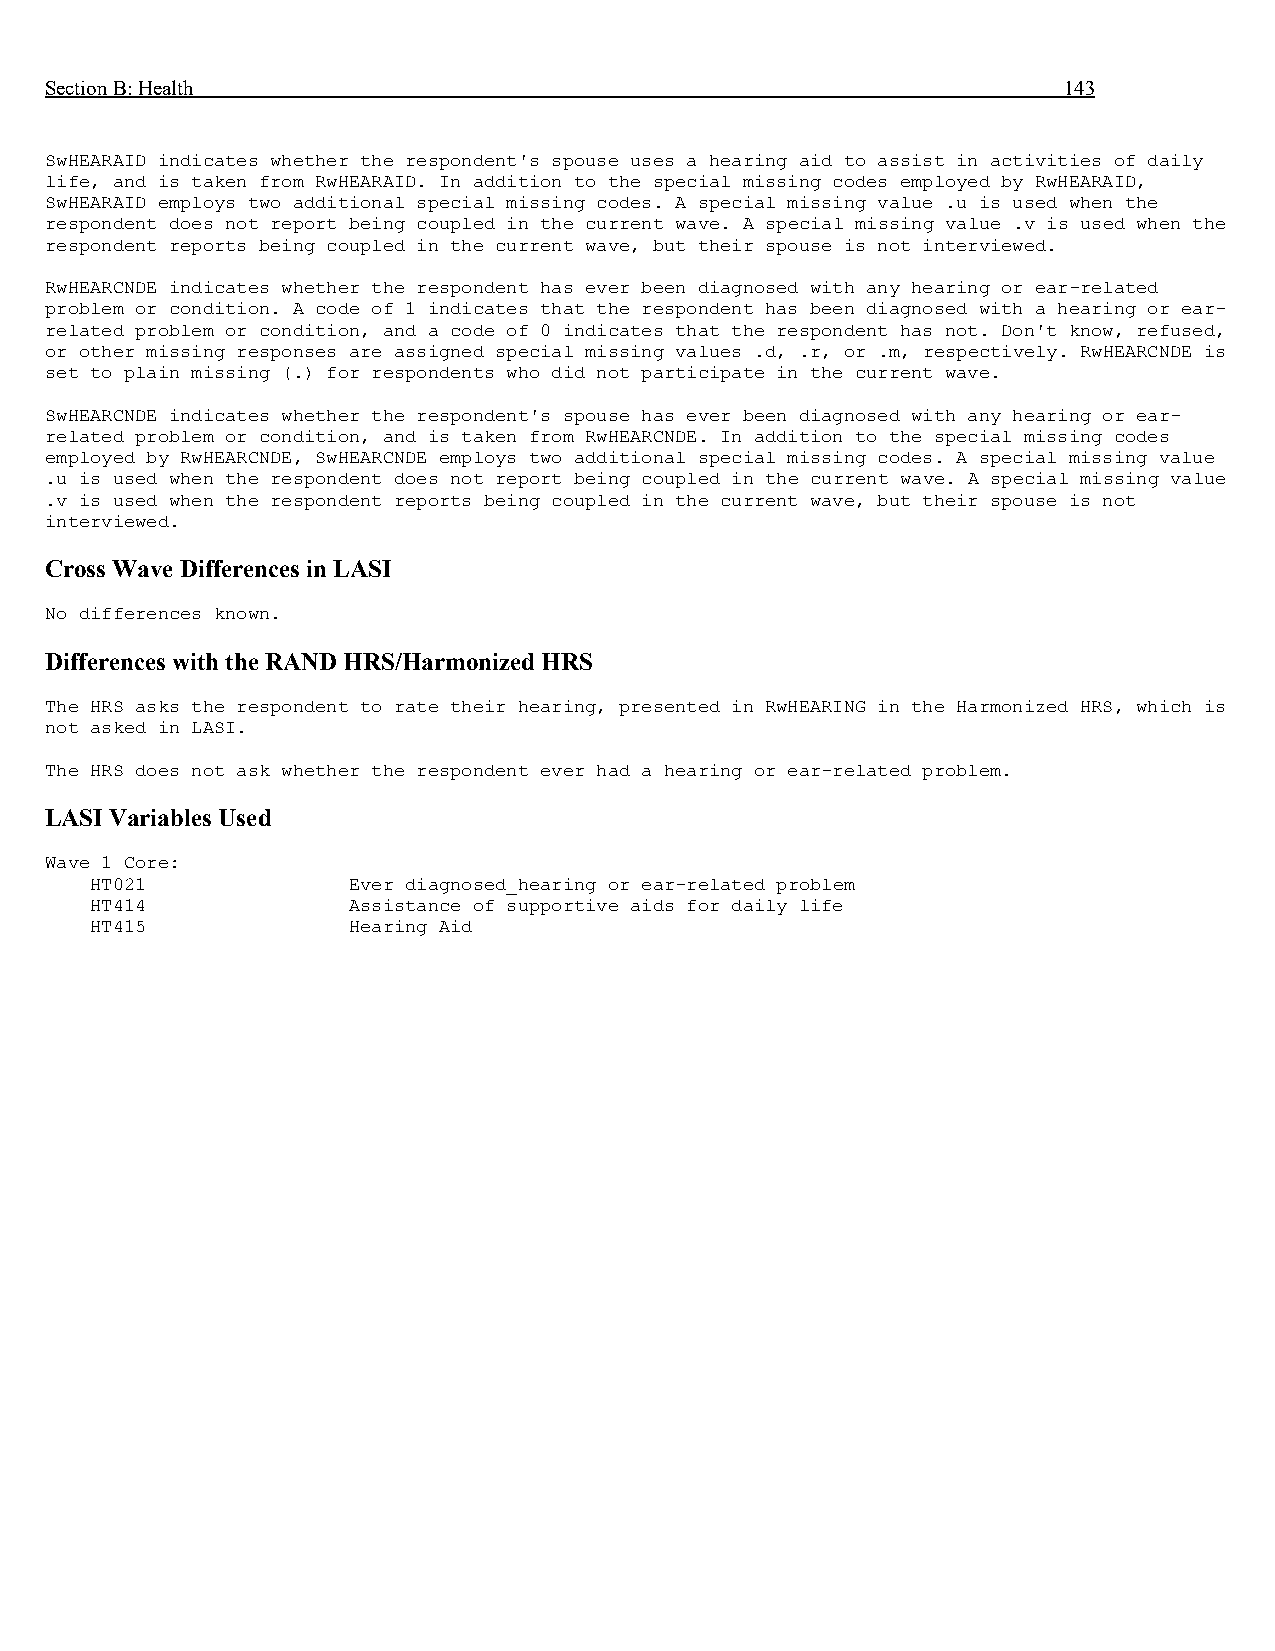
Section B: Health                                                  143
 SwHEARAID indicates whether the respondent's spouse uses a hearing aid to assist in activities of daily
 life, and is taken from RwHEARAID. In addition to the special missing codes employed by RwHEARAID,
 SwHEARAID employs two additional special missing codes. A special missing value .u is used when the
 respondent does not report being coupled in the current wave. A special missing value .v is used when the
 respondent reports being coupled in the current wave, but their spouse is not interviewed.
 RwHEARCNDE indicates whether the respondent has ever been diagnosed with any hearing or ear-related
 problem or condition. A code of 1 indicates that the respondent has been diagnosed with a hearing or ear-
 related problem or condition, and a code of 0 indicates that the respondent has not. Don't know, refused,
 or other missing responses are assigned special missing values .d, .r, or .m, respectively. RwHEARCNDE is
 set to plain missing (.) for respondents who did not participate in the current wave.
 SwHEARCNDE indicates whether the respondent's spouse has ever been diagnosed with any hearing or ear-
 related problem or condition, and is taken from RwHEARCNDE. In addition to the special missing codes
 employed by RwHEARCNDE, SwHEARCNDE employs two additional special missing codes. A special missing value
 .u is used when the respondent does not report being coupled in the current wave. A special missing value
 .v is used when the respondent reports being coupled in the current wave, but their spouse is not
 interviewed.
 Cross Wave Differences in LASI
 No differences known.
 Differences with the RAND HRS/Harmonized HRS
 The HRS asks the respondent to rate their hearing, presented in RwHEARING in the Harmonized HRS, which is
 not asked in LASI.
 The HRS does not ask whether the respondent ever had a hearing or ear-related problem.
 LASI Variables Used
 Wave 1 Core:
 HT021            Ever diagnosed_hearing or ear-related problem
 HT414            Assistance of supportive aids for daily life
 HT415            Hearing Aid